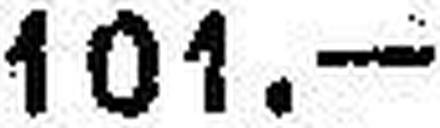
101.—